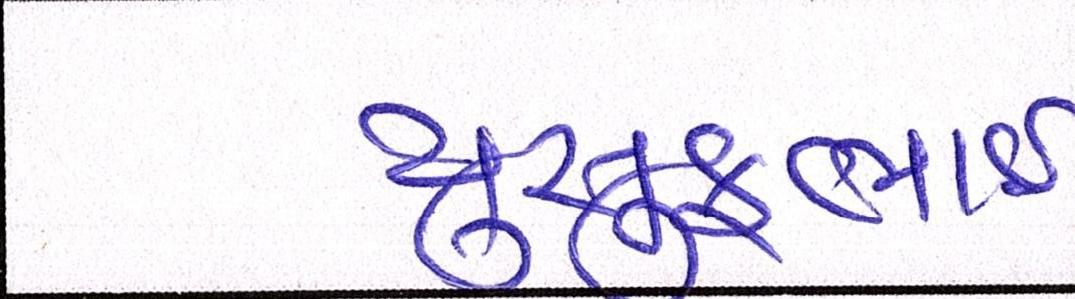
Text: યુસુફભાઈ